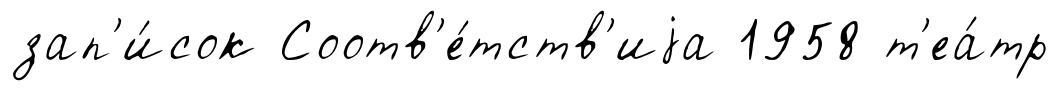
зап'и́сок Соотв'е́тств'иjа 1958 т'еа́тр